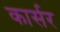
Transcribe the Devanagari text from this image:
कार्सर